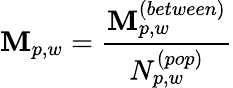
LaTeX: \mathbf{M}_{p,w}=\frac{{\mathbf{M}_{p,w}^{(between)}}}{{N_{p,w}^{(pop)}}}